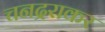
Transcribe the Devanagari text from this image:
चनद्रराकर